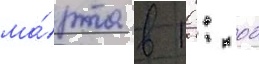
ма́рта в 10: 00